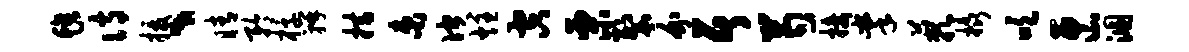
毡诗援、睛矜椁瓣措束伫炷空栗裂介居芍接掌蔌橇吹匣溷